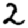
Digit: 2